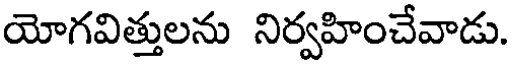
యోగవిత్తులను నిర్వహించేవాడు.